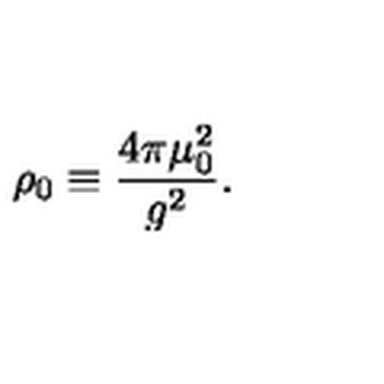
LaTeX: \rho _ { 0 } \equiv { \frac { 4 \pi \mu _ { 0 } ^ { 2 } } { g ^ { 2 } } } .